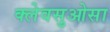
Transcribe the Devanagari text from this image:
क्लेवसुओसा